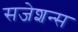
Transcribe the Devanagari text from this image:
सजेशन्स